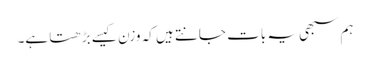
ہم سبھی یہ بات جانتے ہیں کہ وزن کیسے بڑھتا ہے۔